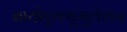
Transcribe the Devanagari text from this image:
बायोएक्युमुलेशन